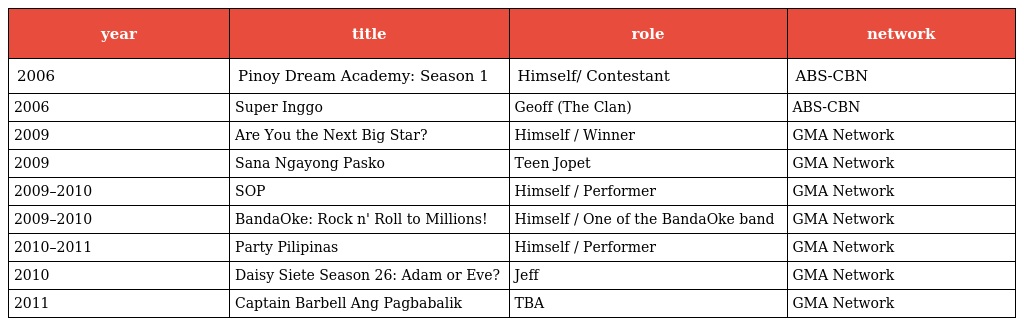
| year | title | role | network |
 | --- | --- | --- | --- |
 | 2006 | Pinoy Dream Academy: Season 1 | Himself/ Contestant | ABS-CBN |
 | 2006 | Super Inggo | Geoff (The Clan) | ABS-CBN |
 | 2009 | Are You the Next Big Star? | Himself / Winner | GMA Network |
 | 2009 | Sana Ngayong Pasko | Teen Jopet | GMA Network |
 | 2009–2010 | SOP | Himself / Performer | GMA Network |
 | 2009–2010 | BandaOke: Rock n' Roll to Millions! | Himself / One of the BandaOke band | GMA Network |
 | 2010–2011 | Party Pilipinas | Himself / Performer | GMA Network |
 | 2010 | Daisy Siete Season 26: Adam or Eve? | Jeff | GMA Network |
 | 2011 | Captain Barbell Ang Pagbabalik | TBA | GMA Network |